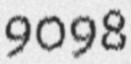
9098